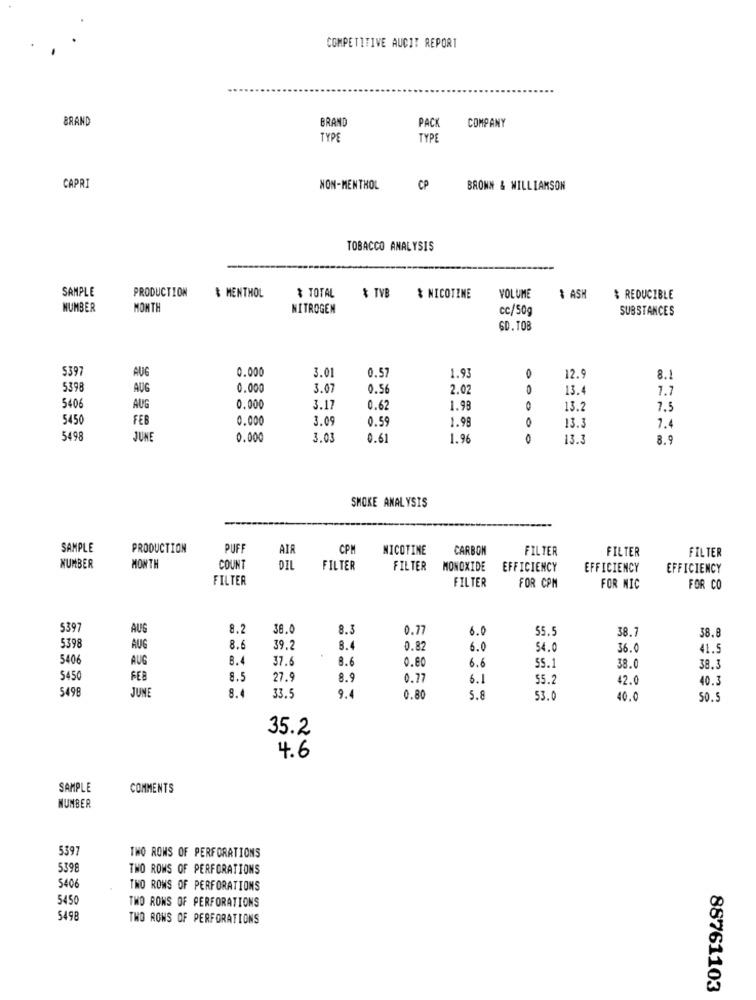
COMPETITIVE AUCIT REPORT
BRAND
BRAND
PAC
COMPANY
TYP
TYP
CAPRI
NON-MENTHOL
CP
BRONN & WILLIAMSON
TOBACCO ANALYSIS
PRODUCTION
VOLUME
SAMPLE
$ MENTHOL
& TOTAL
& TVB
& NICOTINE
$ ASH
$ REDUCIBLE
NUMBER
MONTH
NITROGEN
cc/50g
SUBSTANCES
6D.TOB
$397
0.000
3.01
0.5
1.9
AUG
12.
8.1
5398
AUG
0.000
3.07
0.5
2.0
0
13.4
1.1
5406
AUG
0.000
3.1
0.6
1.98
0
13.
7.5
545
FEB
0.000
3.0
0.59
1.98
0
13.3
7.4
5498
JUNE
0.000
3.03
0.61
1.96
0
13.3
8.9
SMOKE ANALYSIS
SAMPLE
PRODUCTION
PUF
AIR
CPM
NICOTINE
CARBON
FILTER
FILTER
FILTER
NUMBER
MONTH
COUNT
DIL
FILTER
FILTER
MONOXIDE
EFFICIENCY
EFFICIENCY
EFFICIENCY
FILTER
FILTER
FOR CPM
FOR MIC
FOR CO
5397
AUS
8.2
38.
8.3
0.77
6.0
55.5
38.7
38.8
539
AUG
8.6
39.2
8.4
0.82
6.0
54.0
36.0
41.5
540
AUG
8.4
37.6
8.6
0.80
6.6
SS.1
38.0
38.3
$45
FEB
8.5
27.9
8.9
0.77
6.1
55.2
2.0
40.3
5498
JUNE
8.
33.5
9.4
0.80
5.8
53.0
40.0
SO.5
35.2
4.6
SAMPLE
COMMENTS
NUMBER
5397
THO ROWS OF PERFORATIONS
5398
TWO ROWS OF PERFORATIONS
5406
TWO ROWS OF PERFORATIONS
5450
TWO ROWS OF PERFORATIONS
5498
TWO ROWS OF PERFORATIONS
88761103